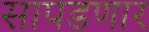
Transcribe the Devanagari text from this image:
सापडणार